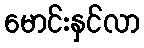
မောင်းနှင်လာ